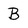
Character: B